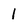
Character: 1